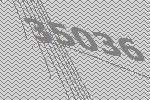
35036